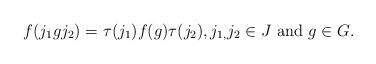
LaTeX: \begin{align*}f(j_{1}gj_{2})=\tau(j_{1})f(g)\tau(j_{2}),j_{1,}j_{2}\in J\mbox{ and }g\in G.\end{align*}